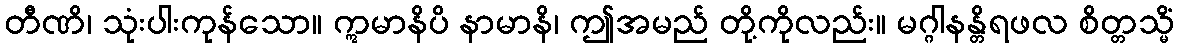
တီဏိ၊ သုံးပါးကုန်သော။ ဣမာနိပိ နာမာနိ၊ ဤအမည် တို့ကိုလည်း။ မဂ္ဂါနန္တိရဖလ စိတ္တသ္မိံ